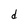
Character: d